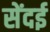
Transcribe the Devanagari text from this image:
सेंदई